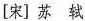
[宋]苏轼